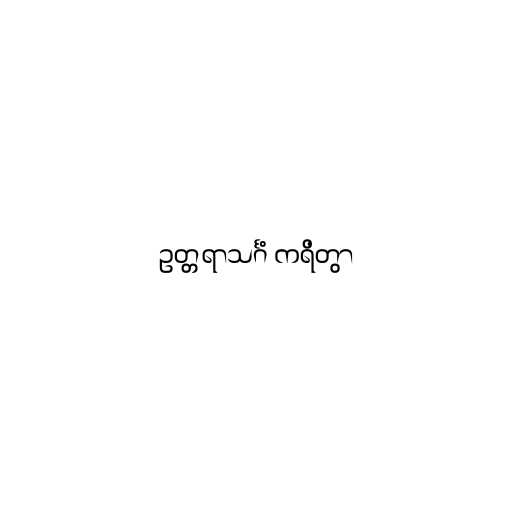
ဥတ္တရာသင်္ဂံ ကရိတွာ